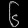
Digit: ၆